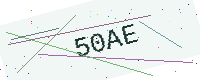
Text: 50AE